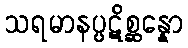
သရမာနပ္ပဋိစ္ဆန္နော